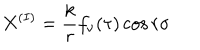
LaTeX: X ^ { ( I ) } = { \displaystyle \frac { k } { r } f _ { \nu } ( \tau ) \cos r \sigma }